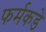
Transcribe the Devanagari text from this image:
फर्मकडे